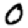
Digit: 0